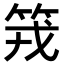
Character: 𥬪